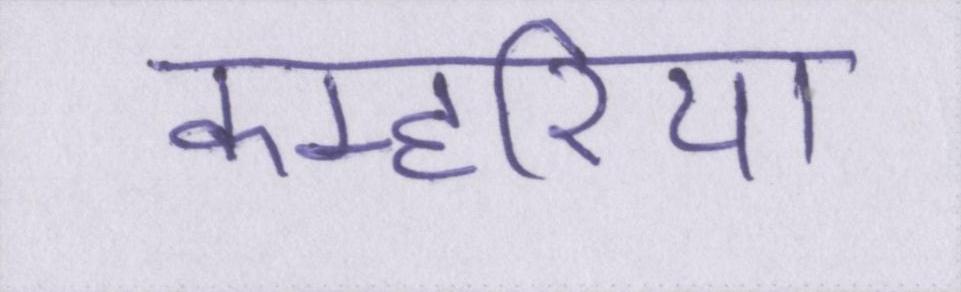
कम्हरिया